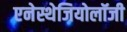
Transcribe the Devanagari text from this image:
एनेस्थेजियोलॉजी